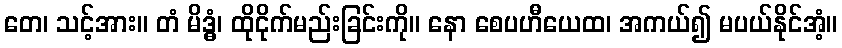
တေ၊ သင့်အား။ တံ မိဒ္ဓံ၊ ထိုငိုက်မည်းခြင်းကို။ နော စေပဟီယေထ၊ အကယ်၍ မပယ်နိုင်အံ့။